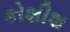
કોશીશ